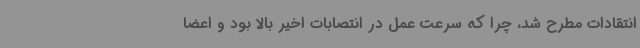
انتقادات مطرح شد، چرا که سرعت عمل در انتصابات اخیر بالا بود و اعضا